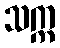
သက္က